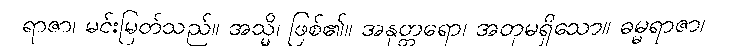
ရာဇာ၊ မင်းမြတ်သည်။ အသ္မိ၊ ဖြစ်၏။ အနုတ္တရော၊ အတုမရှိသော။ ဓမ္မရာဇာ၊